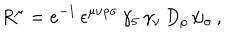
R ^ { \mu } = e ^ { - 1 } \, \epsilon ^ { \mu \nu \rho \sigma } \, \gamma _ { 5 } \, \gamma _ { \nu } \, D _ { \rho } \, \psi _ { \sigma } \, ,